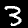
Digit: 3